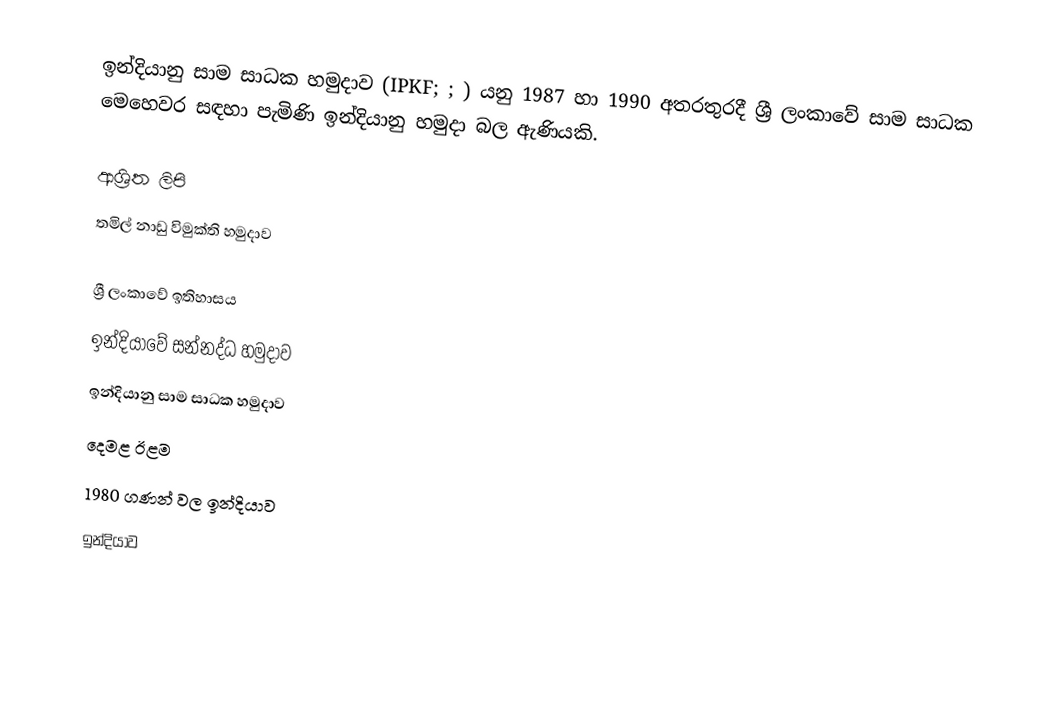
ඉන්දියානු සාම සාධක හමුදාව (IPKF; ; ) යනු  1987 හා 1990 අතරතුරදී ශ්‍රී ලංකාවේ සාම සාධක මෙහෙවර සඳහා පැමිණි ඉන්දියානු හමුදා බල ඇණියකි.

ආශ්‍රිත ලිපි
 තමිල් නාඩු විමුක්ති හමුදාව

ශ්‍රී ලංකාවේ ඉතිහාසය
ඉන්දියාවේ සන්නද්ධ හමුදාව
ඉන්දියානු සාම සාධක හමුදාව
දෙමළ ඊළම
1980 ගණන් වල ඉන්දියාව
ඉන්දියාව